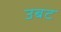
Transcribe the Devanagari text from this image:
उबट